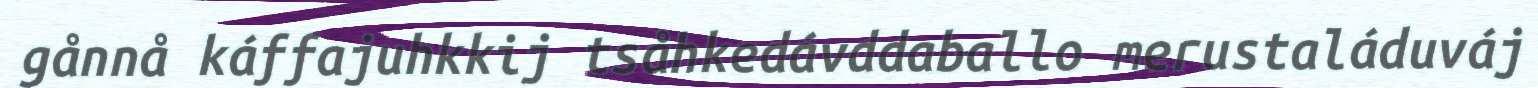
gånnå káffajuhkkij tsåhkedávddaballo merustaláduváj